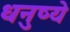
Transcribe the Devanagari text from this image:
धनुष्ये